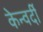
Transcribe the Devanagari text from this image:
केन्वर्दी